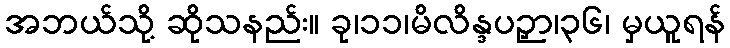
အဘယ်သို့ ဆိုသနည်း။ ခု၊၁၁၊မိလိန္ဒပဉှာ၊၃၆၊ မှယူရန်